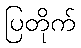
ပြတိုက်